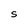
Character: S